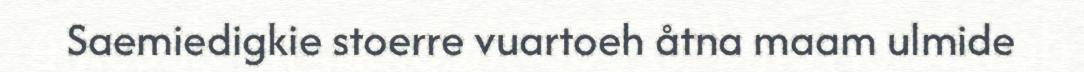
Saemiedigkie stoerre vuartoeh åtna maam ulmide